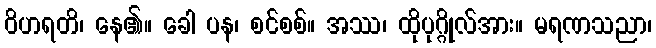
ဝိဟရတိ၊ နေ၏။ ခေါ ပန၊ စင်စစ်။ အဿ၊ ထိုပုဂ္ဂိုလ်အား။ မရဏသညာ၊